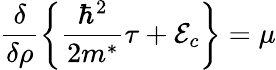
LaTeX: \frac{\delta}{\delta\rho}\left\{ \frac{\hbar^{2}}{2m^{*}}\tau+{\cal E}_{c}\right\} =\mu